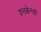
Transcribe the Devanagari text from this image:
दनकेश्वर